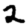
Digit: 2